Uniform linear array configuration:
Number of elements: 24
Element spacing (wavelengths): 0.75
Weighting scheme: exponential
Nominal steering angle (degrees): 60
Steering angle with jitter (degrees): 60.973
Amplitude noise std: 0.05
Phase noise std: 0.05

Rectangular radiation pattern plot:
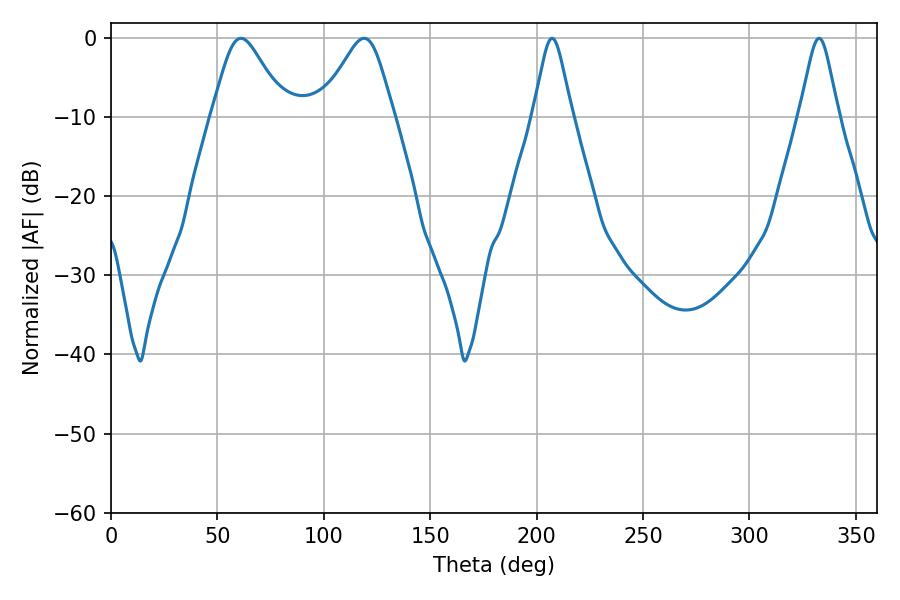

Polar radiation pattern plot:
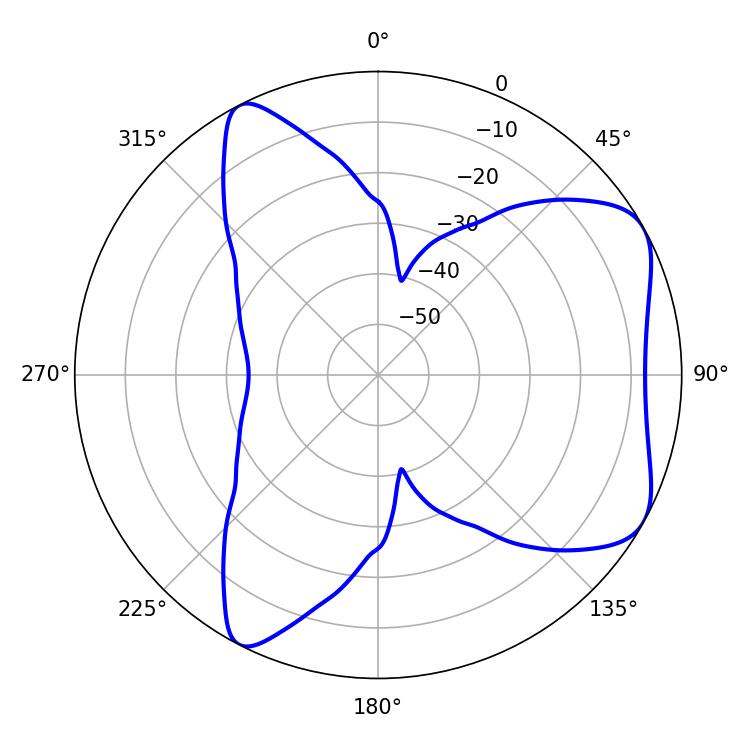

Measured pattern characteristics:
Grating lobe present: TRUE
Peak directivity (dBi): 6.182
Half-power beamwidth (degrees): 16.92
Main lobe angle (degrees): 61.02